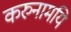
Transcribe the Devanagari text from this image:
करुनामयि